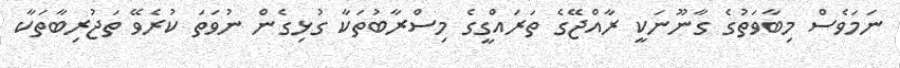
ނަމަވެސް މިބާވަތުގެ ގާނޫނަކީ ރާއްޖޭގެ ތަރައްގީގެ މިސްރާބުތަކާ ގުޅިގެން ނުވަތަ ކުރެވޭ ތަޖުރިބާތަކާ